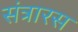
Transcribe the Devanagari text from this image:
संत्रारस